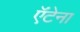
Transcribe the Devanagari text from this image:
ऍंटेना